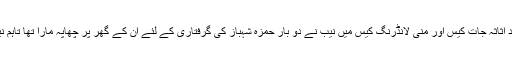
واضح رہے کہ 6 اپریل کو ا?مدن سے زائد اثاثہ جات کیس اور منی لانڈرنگ کیس میں نیب نے دو بار حمزہ شہباز کی گرفتاری کے لئے ان کے گھر پر چھاپہ مارا تھا تاہم نیب انھیں گرفتار کرنے میں ناکام رہی تھی۔